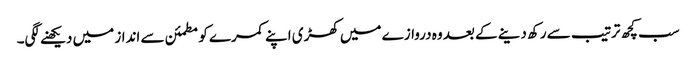
سب کچھ ترتیب سے رکھ دینے کے بعد وہ دروازے میں کھڑی اپنے کمرے کو مطمئن سے انداز میں دیکھنے لگی۔